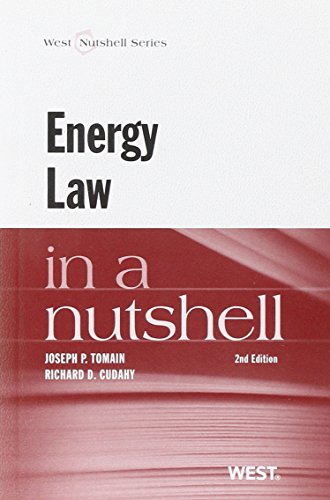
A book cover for s Energy Law in a Nutshell; Joseph Tomain; Law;